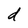
Character: d